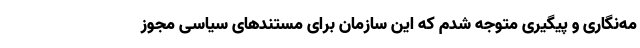
مه‌نگاری و پیگیری متوجه شدم که این سازمان برای مستندهای سیاسی مجوز